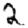
Digit: 2